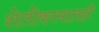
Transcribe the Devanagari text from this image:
शेतीकामातही